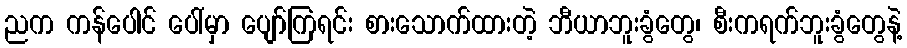
ညက ကန်ပေါင် ပေါ်မှာ ပျော်ကြရင်း စားသောက်ထားတဲ့ ဘီယာဘူးခွံတွေ၊ စီးကရက်ဘူးခွံတွေနဲ့